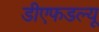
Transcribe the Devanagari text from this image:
डीएफडल्‍यू